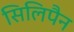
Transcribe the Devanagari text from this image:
सिलिपैन